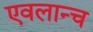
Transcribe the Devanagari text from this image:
एवलान्च